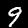
Digit: 9